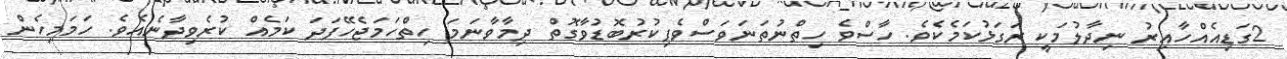
2ގަޑިއެއްހާއިރު ނިދާލުމަކީ ރަގަޅުކަމެކެވެ. ހާސްވެ ހިތްނުތަނަވަސްވެފިކުރުބޮޑުވާގޮތް ދިމާވާނަމަ ހިތްހަމަޖެހޭފަދަ ކަމެއް ކުރެވިދާނެއެވެ. ހަމަމިހެން